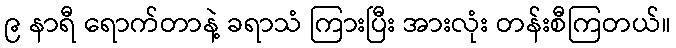
၉ နာရီ ရောက်တာနဲ့ ခရာသံ ကြားပြီး အားလုံး တန်းစီကြတယ်။